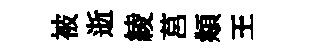
被逝綾莒頫王